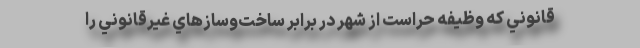
قانوني كه وظيفه حراست از شهر در برابر ساخت‌و‌سازهاي غيرقانوني را